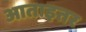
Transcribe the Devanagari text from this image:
आताइतर